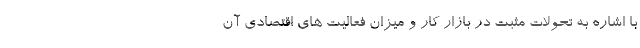
با اشاره به تحولات مثبت در بازار کار و میزان فعالیت های اقتصادی آن